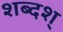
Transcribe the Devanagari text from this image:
शब्दश्